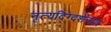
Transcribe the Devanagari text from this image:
नृत्यदिग्दर्शनात